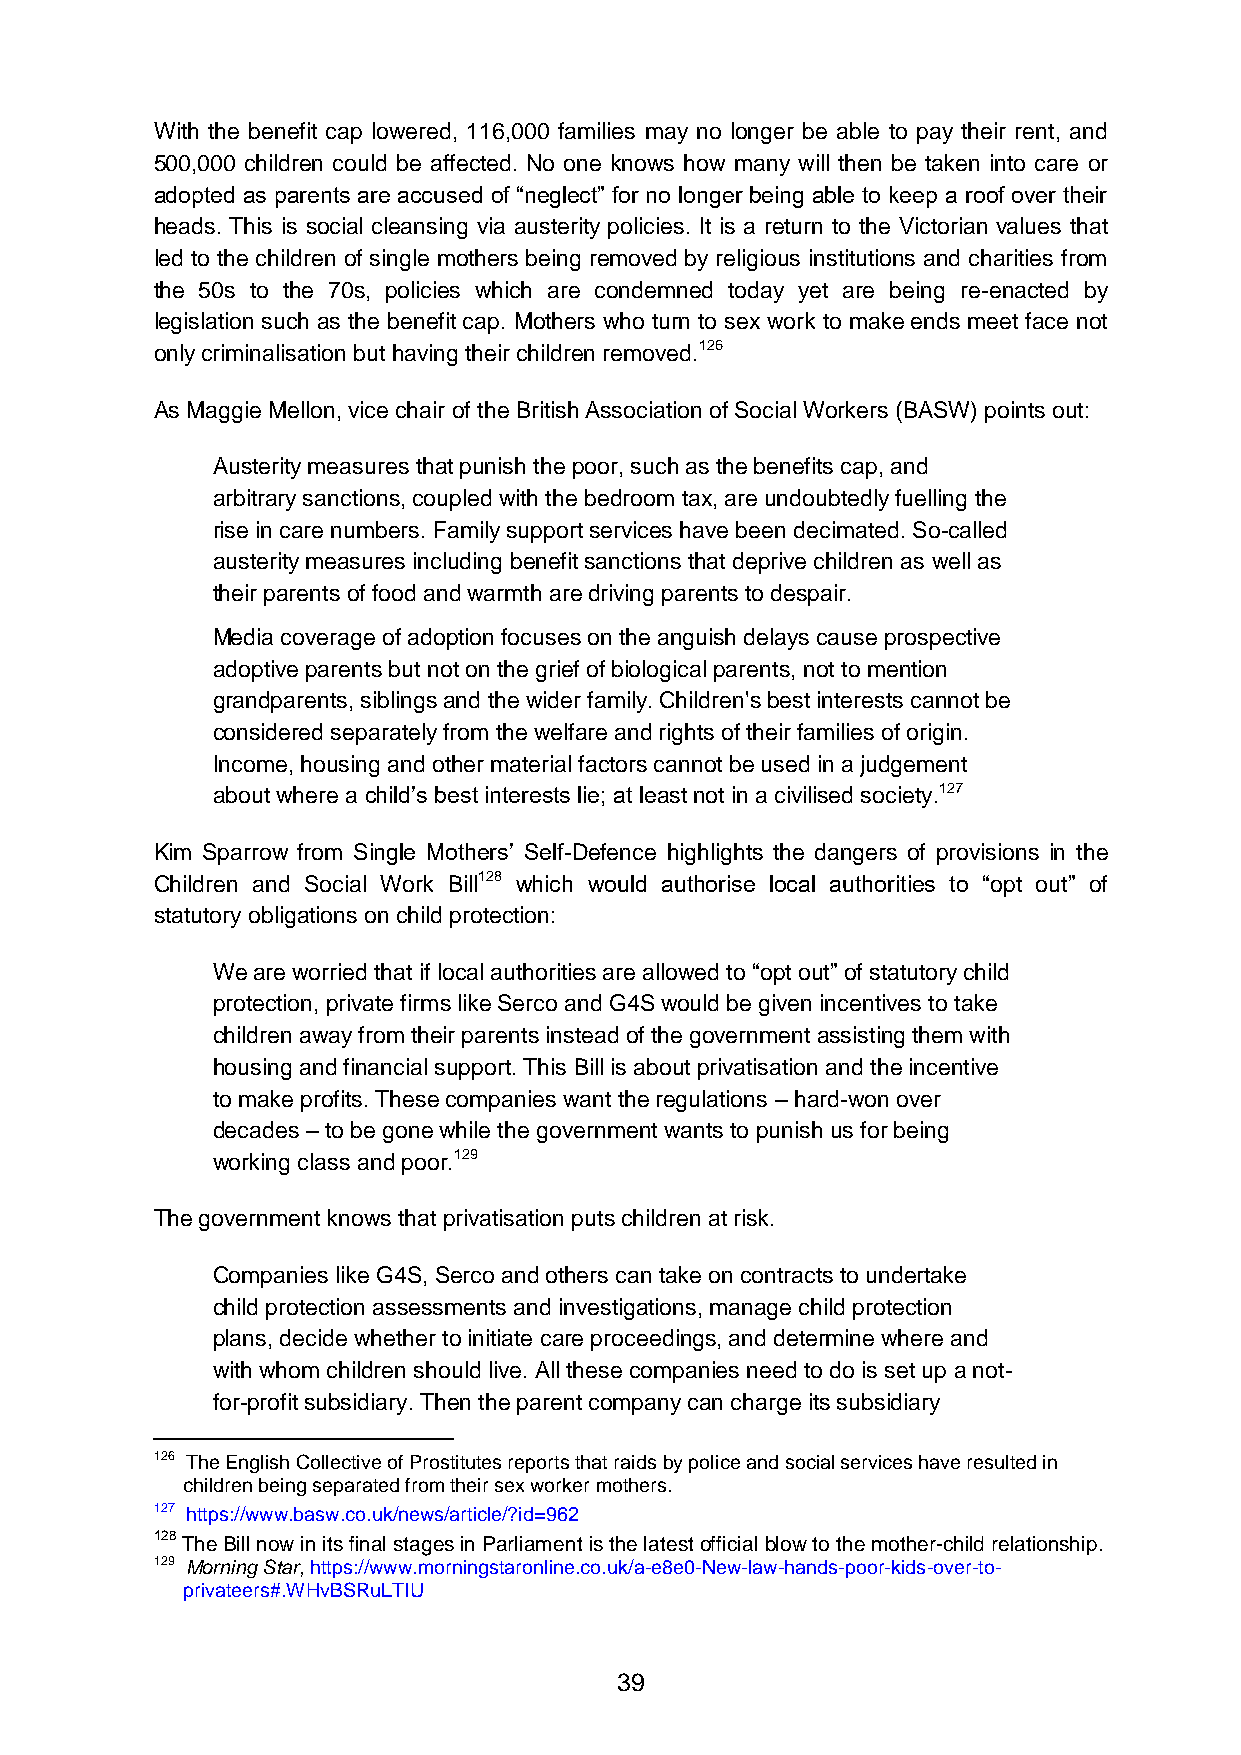
With the benefit cap lowered, 116,000 families may no longer be able to pay their rent, and
 500,000 children could be affected. No one knows how many will then be taken into care or
 adopted as parents are accused of “neglect” for no longer being able to keep a roof over their
 heads. This is social cleansing via austerity policies. It is a return to the Victorian values that
 led to the children of single mothers being removed by religious institutions and charities from
 the 50s to the 70s, policies which are condemned today yet are being re-enacted by
 legislation such as the benefit cap. Mothers who turn to sex work to make ends meet face not
 only criminalisation but having their children removed.126
 As Maggie Mellon, vice chair of the British Association of Social Workers (BASW) points out:
 Austerity measures that punish the poor, such as the benefits cap, and
 arbitrary sanctions, coupled with the bedroom tax, are undoubtedly fuelling the
 rise in care numbers. Family support services have been decimated. So-called
 austerity measures including benefit sanctions that deprive children as well as
 their parents of food and warmth are driving parents to despair.
 Media coverage of adoption focuses on the anguish delays cause prospective
 adoptive parents but not on the grief of biological parents, not to mention
 grandparents, siblings and the wider family. Children's best interests cannot be
 considered separately from the welfare and rights of their families of origin.
 Income, housing and other material factors cannot be used in a judgement
 about where a child’s best interests lie; at least not in a civilised society.127
 Kim Sparrow from Single Mothers’ Self-Defence highlights the dangers of provisions in the
 Children and Social Work Bill128 which would authorise local authorities to “opt out” of
 statutory obligations on child protection:
 We are worried that if local authorities are allowed to “opt out” of statutory child
 protection, private firms like Serco and G4S would be given incentives to take
 children away from their parents instead of the government assisting them with
 housing and financial support. This Bill is about privatisation and the incentive
 to make profits. These companies want the regulations – hard-won over
 decades – to be gone while the government wants to punish us for being
 working class and poor.129
 The government knows that privatisation puts children at risk.
 Companies like G4S, Serco and others can take on contracts to undertake
 child protection assessments and investigations, manage child protection
 plans, decide whether to initiate care proceedings, and determine where and
 with whom children should live. All these companies need to do is set up a not-
 for-profit subsidiary. Then the parent company can charge its subsidiary
 126 The English Collective of Prostitutes reports that raids by police and social services have resulted in
 children being separated from their sex worker mothers.
 127 https://www.basw.co.uk/news/article/?id=962
 128 The Bill now in its final stages in Parliament is the latest official blow to the mother-child relationship.
 129 Morning Star, https://www.morningstaronline.co.uk/a-e8e0-New-law-hands-poor-kids-over-to-
 privateers#.WHvBSRuLTIU
 39